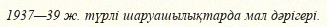
1937—39 ж. түрлі шаруашылықтарда мал дәрігері.